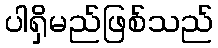
ပါရှိမည်ဖြစ်သည်